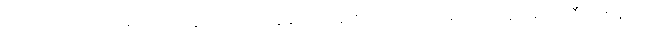
အမေက ညင်ညင်သာသာပဲ ယူလိုက်ရင်း ကျွန်တော် နားရည်ဝနေကျ သက်ပြင်းရှည်ရှည်ကြီးတစ်ချက်